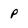
Character: P